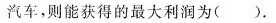
汽车，则能获得的最大利润为( ).